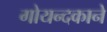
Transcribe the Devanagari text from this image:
गोयन्‍दकाने